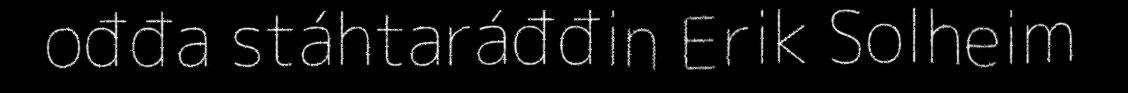
ođđa stáhtaráđđin Erik Solheim